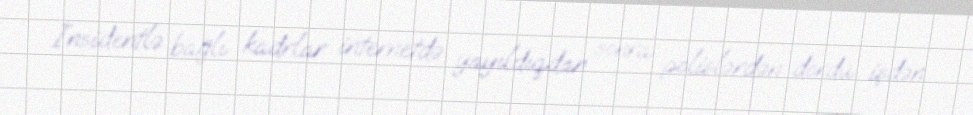
İnsidentlə bağlı kadrlar internetdə yayıldıqdan sonra polislərdən dördü işdən